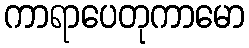
ကာရာပေတုကာမော